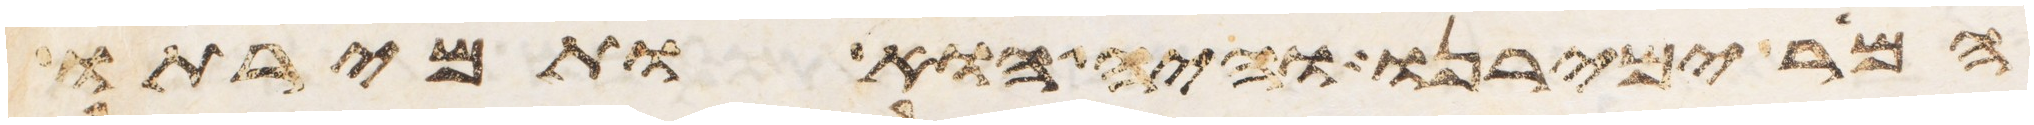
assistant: המר ימירנו והיה הוא ותמירתו